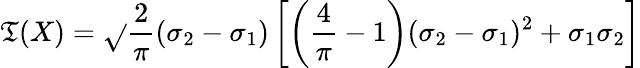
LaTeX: \operatorname{\mathfrak{T}}(X)={\sqrt{}{{\frac{{2}}{{\pi}}}}}(\sigma_{2}-\sigma_{1})\left[\left({\frac{{4}}{{\pi}}}-1\right)(\sigma_{2}-\sigma_{1})^{2}+\sigma_{1}\sigma_{2}\right]